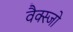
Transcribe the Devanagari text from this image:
वैक्स्जो